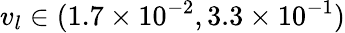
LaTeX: {v_{l}}\in(1.7\times{10^{-2}},3.3\times{10^{-1}})